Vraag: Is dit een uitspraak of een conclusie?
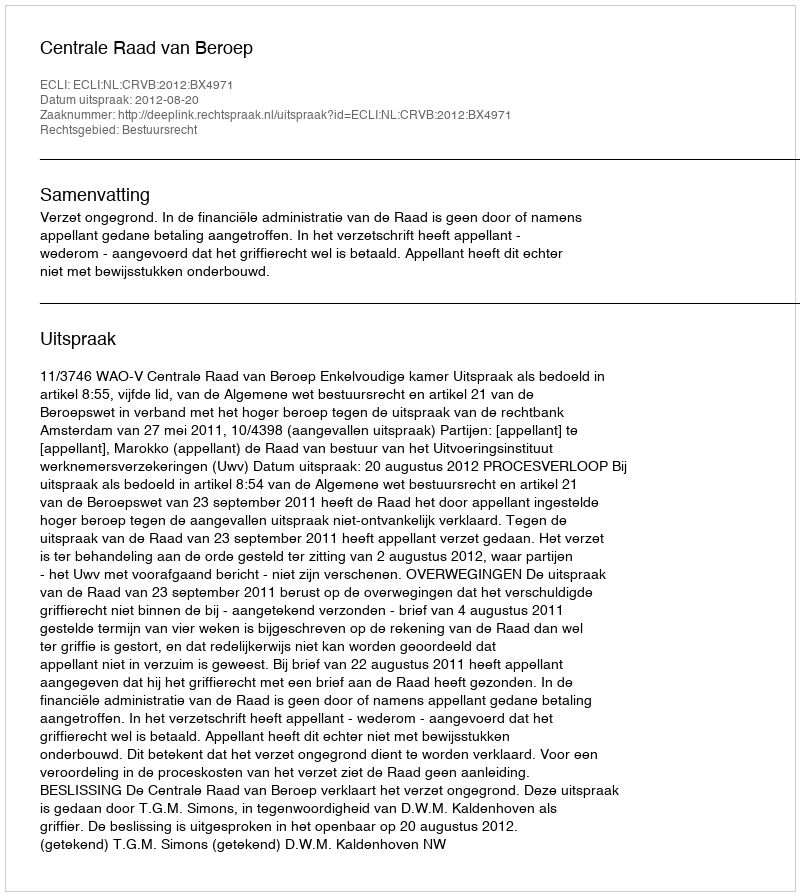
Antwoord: Uitspraak